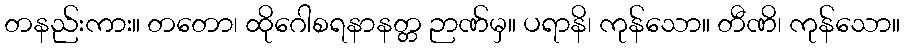
တနည်းကား။ တတော၊ ထိုဂေါစရနာနတ္တ ဉာဏ်မှ။ ပရာနိ၊ ကုန်သော။ တီဏိ၊ ကုန်သော။